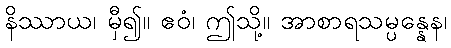
နိဿာယ၊ မှီ၍။ ဧဝံ၊ ဤသို့။ အာစာရသမ္ပန္နေန၊